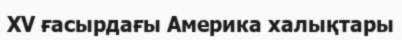
XV ғасырдағы Америка халықтары